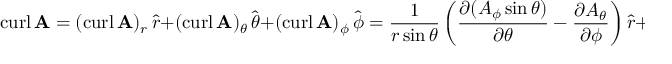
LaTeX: \operatorname { c u r l } \mathbf { A } = ( \operatorname { c u r l } \mathbf { A } ) _ { r } \, { \hat { \boldsymbol { r } } } + ( \operatorname { c u r l } \mathbf { A } ) _ { \theta } \, { \hat { \boldsymbol { \theta } } } + ( \operatorname { c u r l } \mathbf { A } ) _ { \phi } \, { \hat { \boldsymbol { \phi } } } = { \frac { 1 } { r \sin \theta } } \left( { \frac { \partial ( A _ { \phi } \sin \theta ) } { \partial \theta } } - { \frac { \partial A _ { \theta } } { \partial \phi } } \right) { \hat { \boldsymbol { r } } } + { \frac { 1 } { r } } \left( { \frac { 1 } { \sin \theta } } { \frac { \partial A _ { r } } { \partial \phi } } - { \frac { \partial ( r A _ { \phi } ) } { \partial r } } \right) { \hat { \boldsymbol { \theta } } } + { \frac { 1 } { r } } \left( { \frac { \partial ( r A _ { \theta } ) } { \partial r } } - { \frac { \partial A _ { r } } { \partial \theta } } \right) { \hat { \boldsymbol { \phi } } }